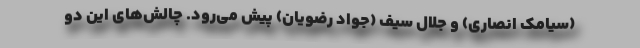
(سیامک انصاری) و جلال سیف (جواد رضویان) پیش می‌رود. چالش‌های این دو